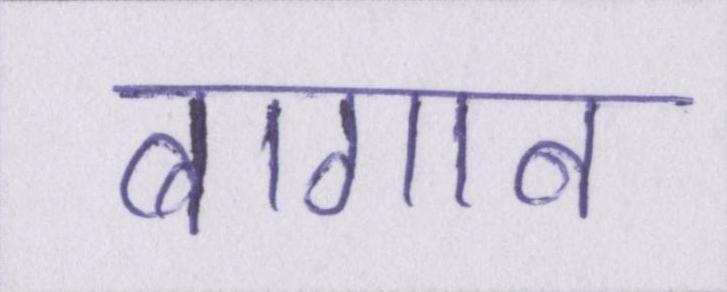
बागान